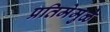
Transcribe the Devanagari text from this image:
प्रतिमेमुळे